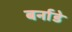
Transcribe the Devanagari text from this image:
बर्नाडे